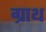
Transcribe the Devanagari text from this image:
ग्राथ